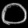
Digit: ၀